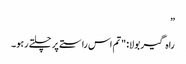
”
راہ گیر بولا: "تم اس راستے پر چلتے رہو۔